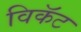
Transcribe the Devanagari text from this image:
विकॅट